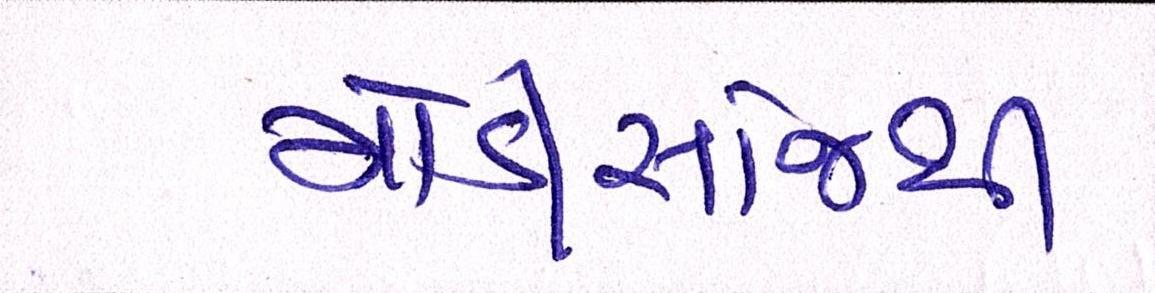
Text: મોડીસાંજથી